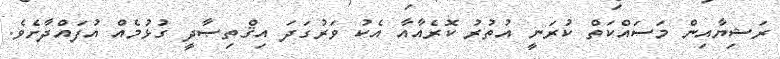
ރަޝިޔާއިން މަސައްކަތް ކުރަނީ އުތުރު ކޮރެއާއާ އެކު ވަރުގަދަ އިޤްތިޞާދީ ގުޅުމެއް އުފައްދާށެވެ.